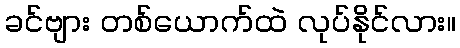
ခင်ဗျား တစ်ယောက်ထဲ လုပ်နိုင်လား။